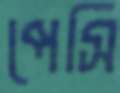
পেসি